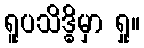
ရူပသိဒ္ဓိမှာ ရှု။